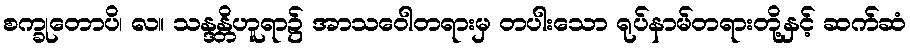
စက္ခုတောပိ၊ လ။ သန္ဒန္တိဟူရာ၌ အာသဝေါတရားမှ တပါးသော ရုပ်နာမ်တရားတို့နှင့် ဆက်ဆံ